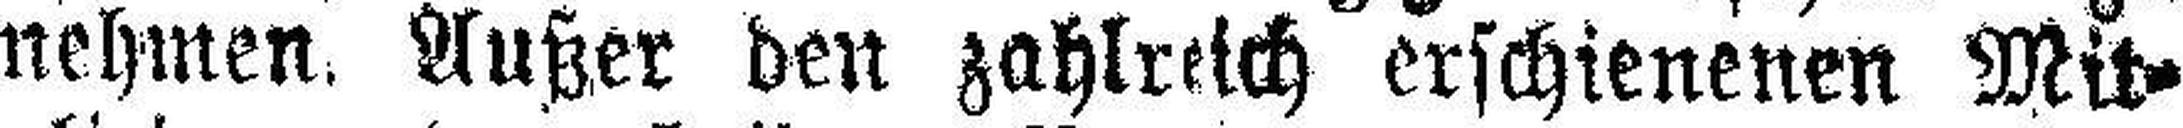
nehmen. Außer den zahlreich erschienenen Mit¬